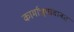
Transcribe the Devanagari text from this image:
कार्माच्र्यांबाबत